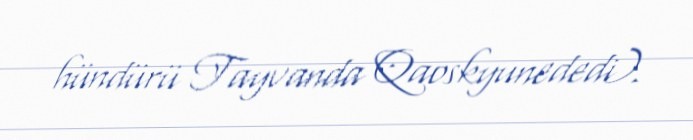
hündürü Tayvanda Qaoskyunededi).